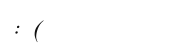
: (